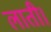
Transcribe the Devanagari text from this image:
लाती।